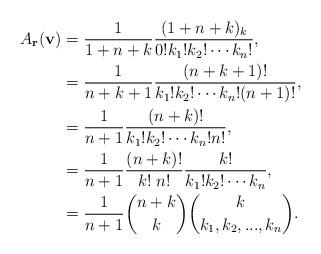
LaTeX: \begin{align*}A_{\bf r}({\bf v})&=\frac{1}{1+n+k}\frac{(1+n+k)_{k}}{0!k_1!k_2!\cdots k_n!},\\&=\frac{1}{n+k+1}\frac{(n+k+1)!}{k_1!k_2!\cdots k_n!(n+1)!},\\&=\frac{1}{n+1}\frac{(n+k)!}{k_1!k_2!\cdots k_n!n!},\\&=\frac{1}{n+1}\frac{(n+k)!}{k!\;n!}\frac{k!}{k_1!k_2!\cdots k_n},\\&=\frac{1}{n+1}\binom{n+k}{k}\binom{k}{k_1,k_2,...,k_n}.\end{align*}